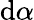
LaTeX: \mathrm{d}\alpha